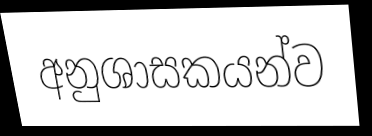
අනුශාසකයන්ව